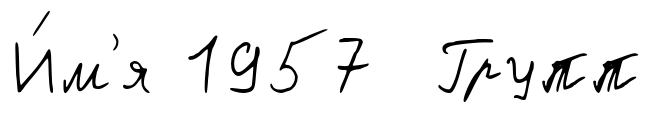
И́м'я 1957 Групп